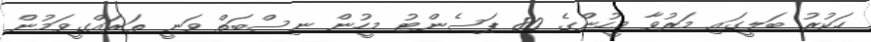
ހަކުރު ބަލީގައި މަރުވާ މީހުންގެ 80 ޕަސެންޓު މީހުން ނިސްބަތް ވަނީ ތަރައްގީވަމުން